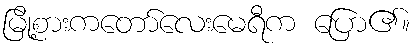
မြို့စားကတော်လေးမေရီက ပြော၏။